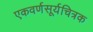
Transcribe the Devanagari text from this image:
एकवर्णसूर्यचित्रक